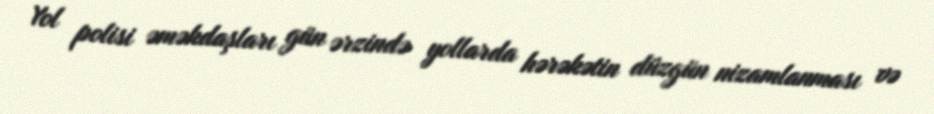
Yol polisi əməkdaşları gün ərzində yollarda hərəkətin düzgün nizamlanması və